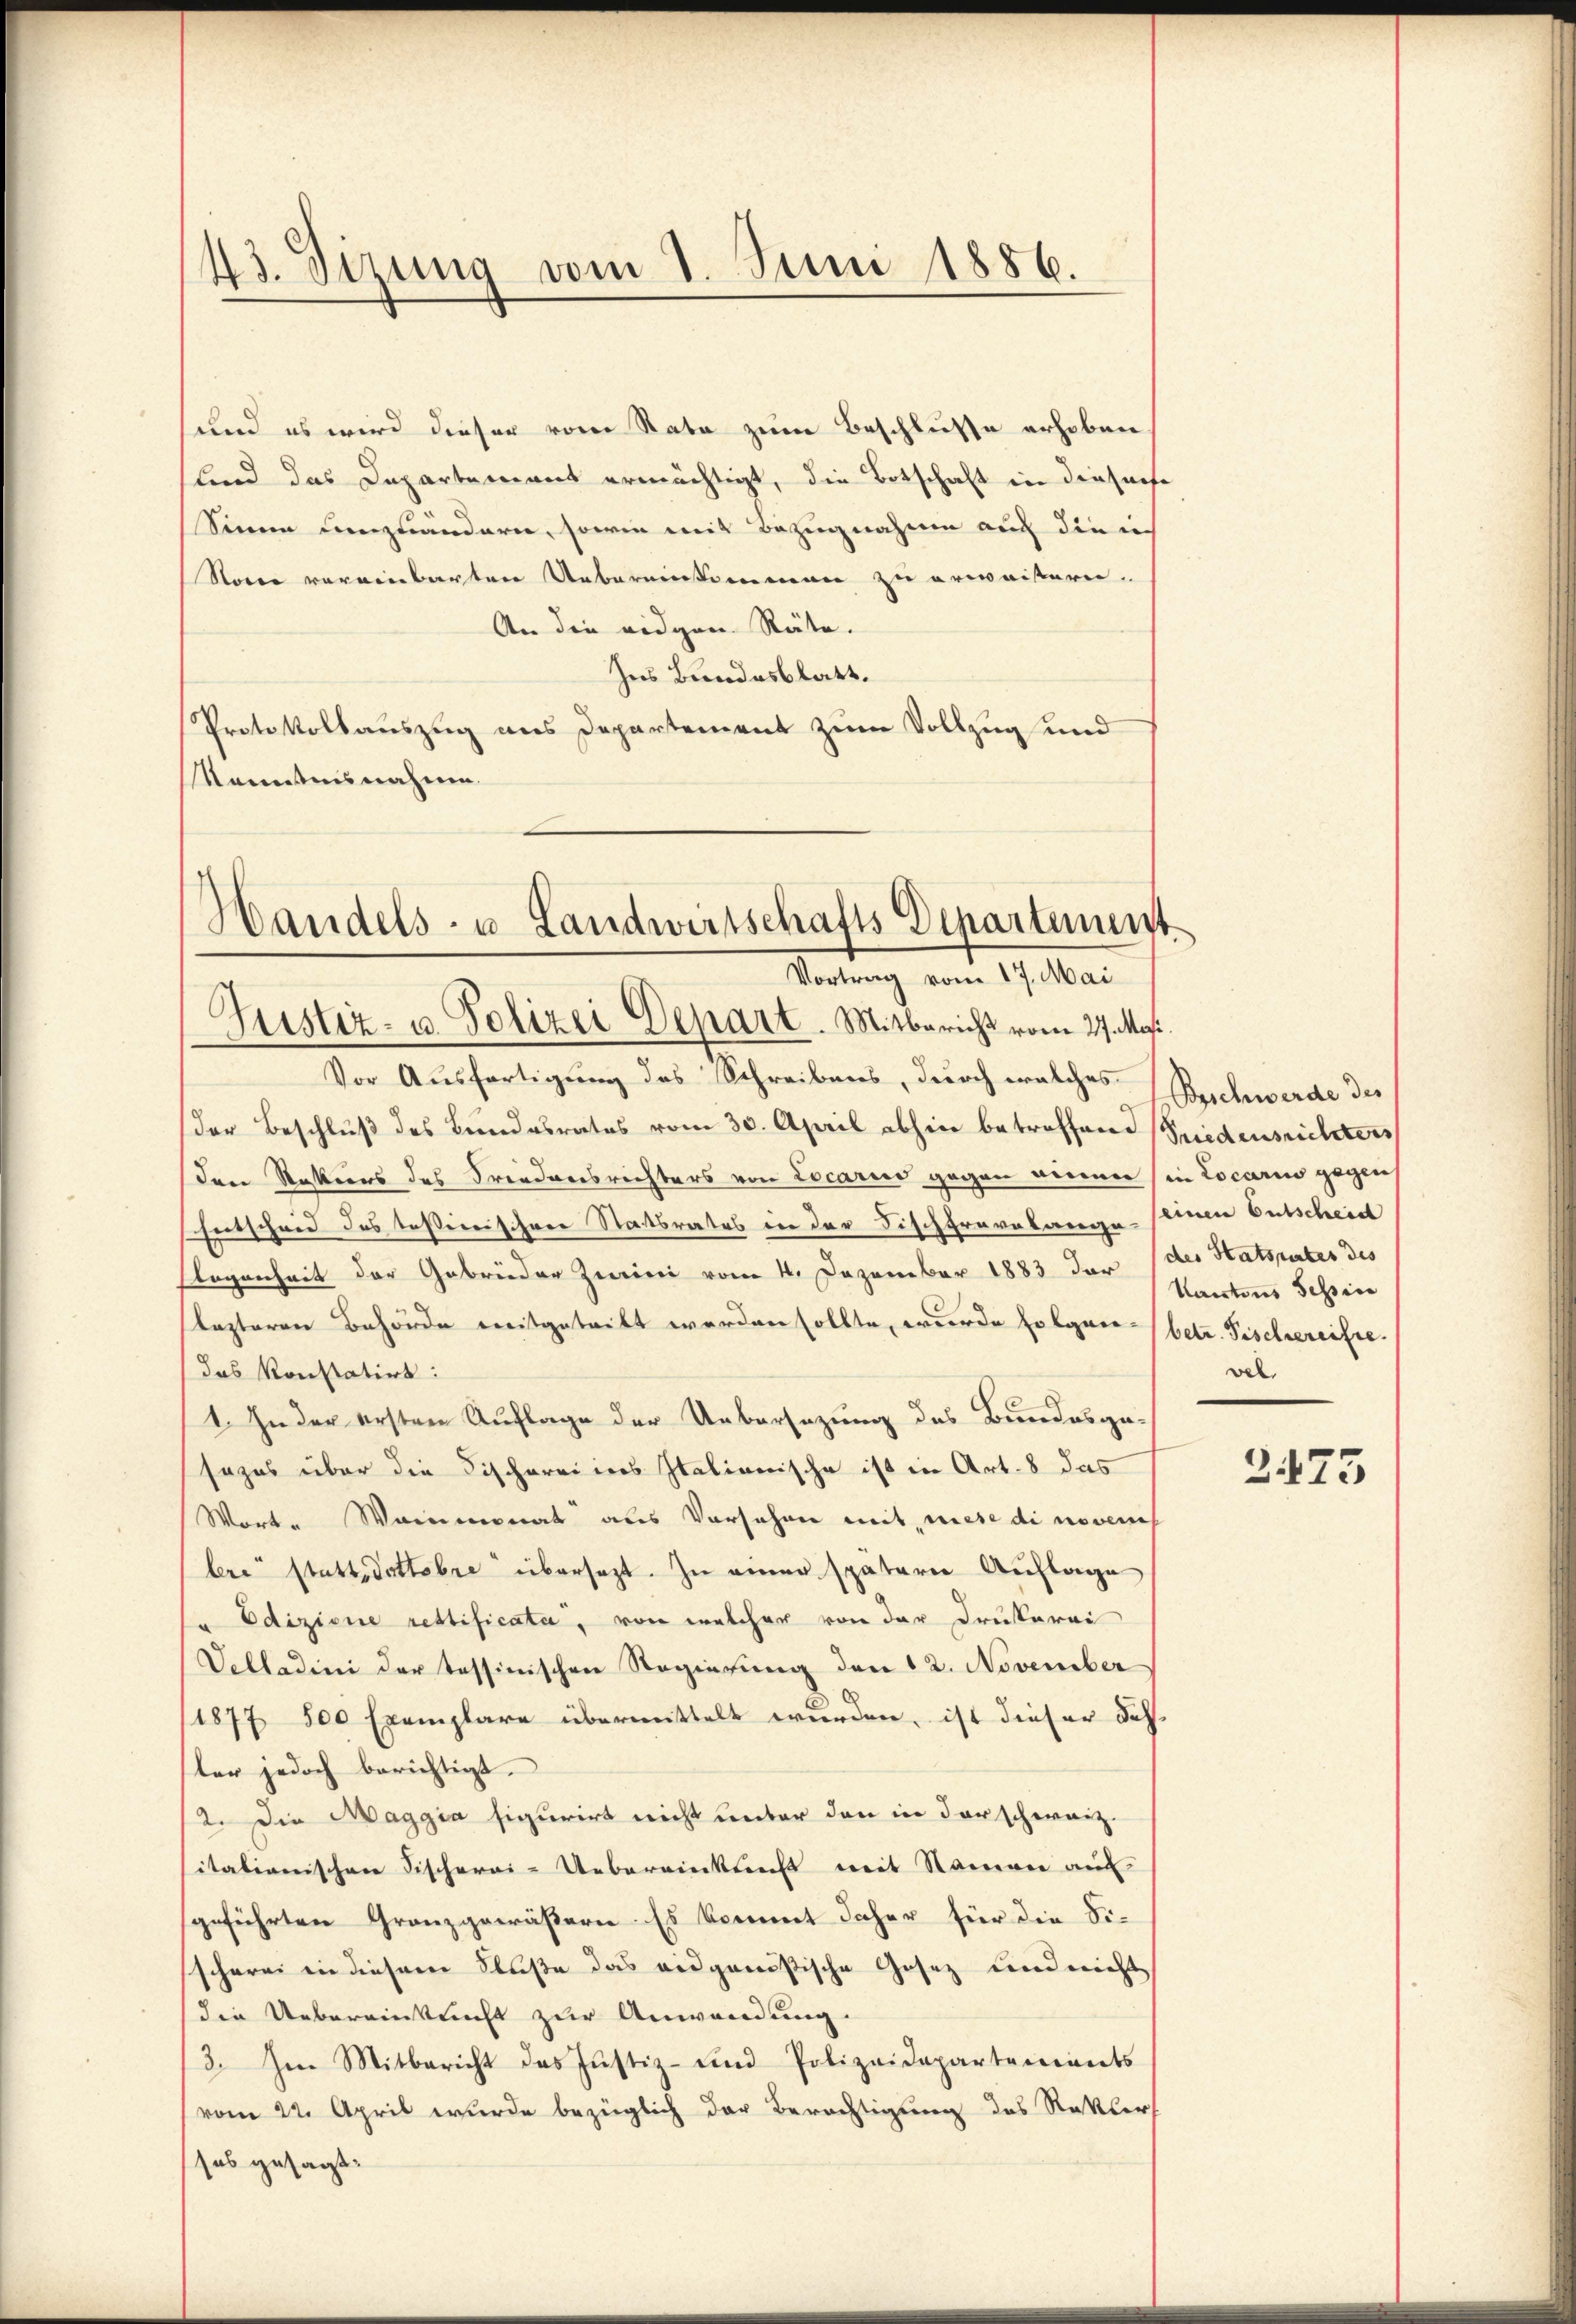
43. Sizung vom 8. Juni 1886.

und es wird dieser vom Rate zum Beschlusse erhoben
lind das Departement ermächtigt, die Botschaft in diesesse
Sinne menzuändern, sowie mit Bezugnahme auch dien
Noter vereinbarten Uebereinkommen zu erwaisern.
An die eidgen. Räte.
Ins Bandesblatt.
Protokollauszug aus Departement zum Vollzug und
Kanntensnahme
Vor Ausfertigung des Schreibens, durch welches Buchwerde des
der Beschluß des Bundesrates vom 30. April abhin betreffend Friedensrichters
Den Rations des Friedensrichters von Locario gegen ainer (in Locario gegen
Entscheid des Teßinischere Staatsrates in der Fischfravelangestein Entscheid
llegenheit der Gebrüder Zurini vom 4. Dezember 1883 der (des Statsrates des
lezteren Behörde mitgetritt werden sollte, wurde folgen betr. Fischereifte
das konstatirt:
1. Jeder ersten Auflage der Uebersezung des Bundesge-
sezes über die Fischerei ins Italianische ist in Art. 8 das
Wort. Weinmonat aus Vorsehen mit, wiese di novench
bre“ stattdottobre übersagt. Zu einer spätern Auflage
s Edizione rettificata, von welcher von der Drukerei
Velladini der tessinischen Regierung den 12. November
E
11877 800 Exemplare übermittelt wurden, ist dieser Jahster jedoch berichtigt.
12. Die Maggia figurirt nicht unter den in der schweiz.
italianischen Fischerei-Uebereinkunft mit Namen au
geführten Granzgewäßern Es kommt daher für die Si-
scherei in diesem Fluße das eidgenößische Gesez und nicht
die Uebereinkunft zur Anwendung.
3. Im Mitbericht das Justiz- und Polizeidepartements
vom 22. April wurde bezüglich der Berechtigung des Rekler
sos gesagt:

Handels- u. Landwirtschafts Departement
Vortrag vom 17. Mai
Justiz- u. Polizei Depart. Mitbericht vom 27. Masi

Kantons Tession
vel.

2475